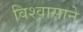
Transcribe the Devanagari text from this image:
विश्‍वासाने